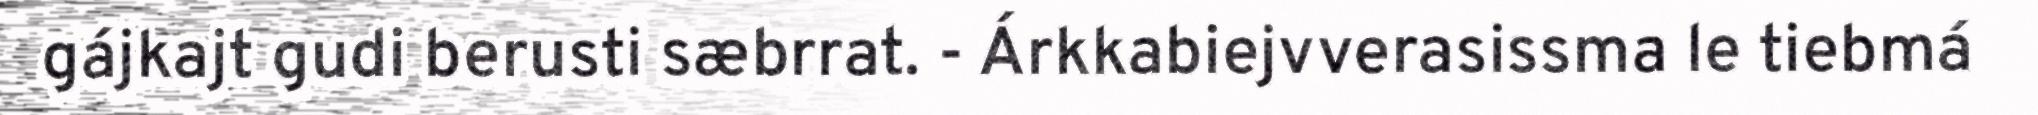
gájkajt gudi berusti sæbrrat. - Árkkabiejvverasissma le tiebmá